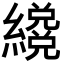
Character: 𦆳